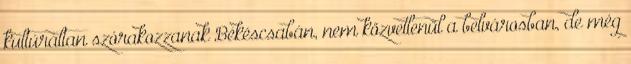
kultúráltan szórakozzanak Békéscsabán, nem közvetlenül a belvárosban, de még